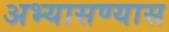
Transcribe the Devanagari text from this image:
अभ्यासण्यास